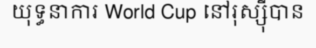
យុទ្ធនាការ World Cup នៅរុស្ស៊ីបាន